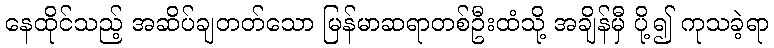
နေထိုင်သည့် အဆိပ်ချတတ်သော မြန်မာဆရာတစ်ဦးထံသို့ အချိန်မှီ ပို့၍ ကုသခဲ့ရာ